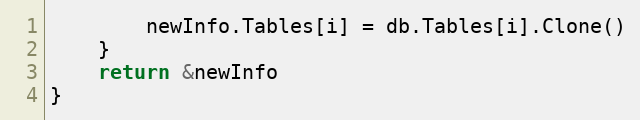
Language: Go
		newInfo.Tables[i] = db.Tables[i].Clone()
	}
	return &newInfo
}